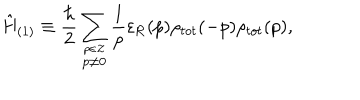
LaTeX: \hat { \mathrm { H } } _ { ( 1 ) } \equiv \frac { \hbar } { 2 } \sum _ { \stackrel { p \in \cal Z } { p \neq 0 } } \frac { 1 } { p } \varepsilon _ { \mathrm { R } } ( p ) \rho _ { t o t } ( - p ) \rho _ { t o t } ( p ) ,